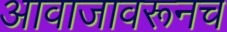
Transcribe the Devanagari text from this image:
आवाजावरूनच